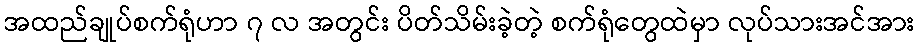
အထည်ချုပ်စက်ရုံဟာ ၇ လ အတွင်း ပိတ်သိမ်းခဲ့တဲ့ စက်ရုံတွေထဲမှာ လုပ်သားအင်အား